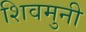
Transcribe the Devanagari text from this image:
शिवमुनी